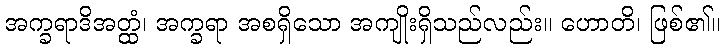
အက္ခရာဒိအတ္ထံ၊ အက္ခရာ အစရှိသော အကျိုးရှိသည်လည်း။ ဟောတိ၊ ဖြစ်၏။